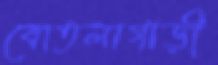
বোতলাগাড়ী